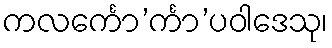
ကလင်္ကော’င်္ကာ’ပဝါဒေသု၊